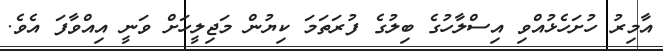
އާމިރު ހުށަހެޅުއްވި އިސްލާހުގެ ބިލުގެ ފުރަތަމަ ކިޔުން މަޖިލީހަށް ވަނީ އިއްވާފަ އެވެ.